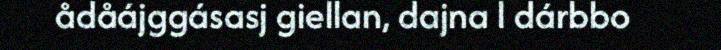
ådåájggásasj giellan, dajna l dárbbo